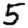
Digit: 5